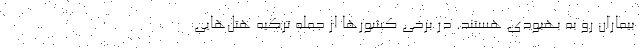
بیماران رو به بهبودی هستند. در برخی کشورها از جمله ترکیه هتل‌هایی